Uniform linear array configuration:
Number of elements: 12
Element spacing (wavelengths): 1
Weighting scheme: exponential
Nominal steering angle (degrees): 15
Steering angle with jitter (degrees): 15.19
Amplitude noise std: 0.05
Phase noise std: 0.05

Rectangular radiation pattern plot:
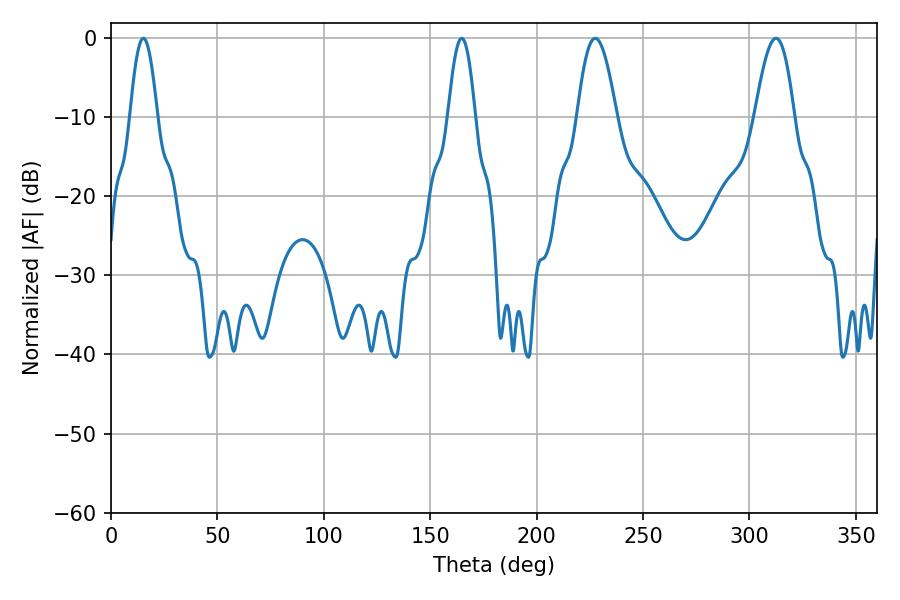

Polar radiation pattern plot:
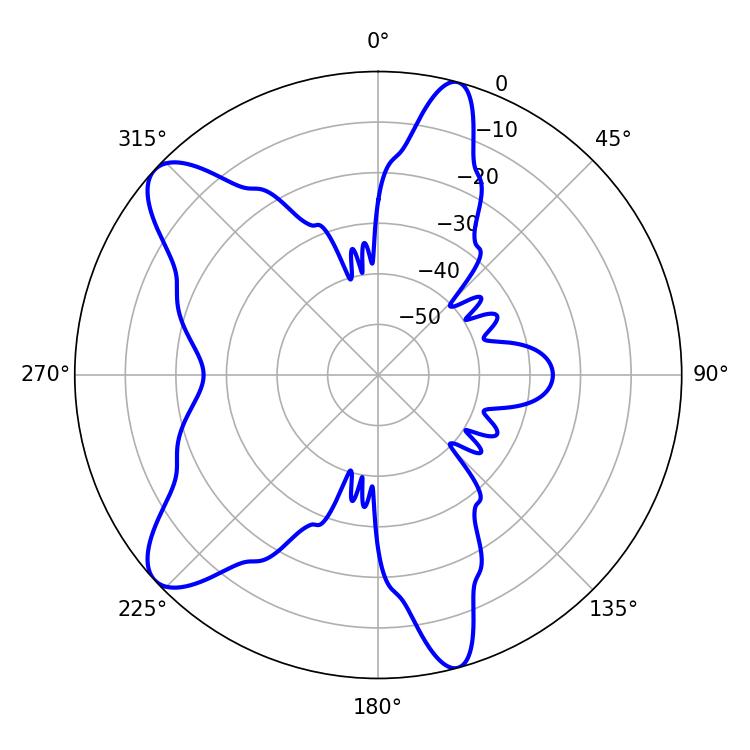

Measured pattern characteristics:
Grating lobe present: TRUE
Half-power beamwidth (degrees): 9.9
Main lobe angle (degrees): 227.52